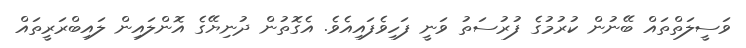
ވަސީލަތްތައް ބޭނުން ކުރުމުގެ ފުރުސަތު ވަނީ ފަހިވެފައިއެވެ. އެގޮތުން ދުނިޔޭގެ އޮންލައިން ލައިބްރަރީތައް